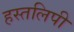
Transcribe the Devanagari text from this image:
हस्तलिपी